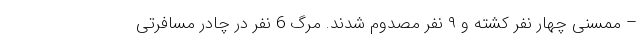
– ممسنی چهار نفر کشته و ۹ نفر مصدوم شدند. مرگ 6 نفر در چادر مسافرتی